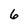
Character: 6